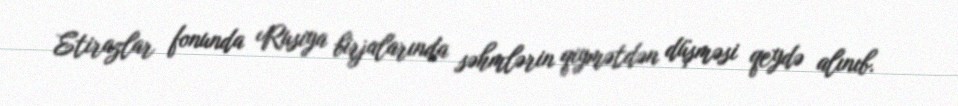
Etirazlar fonunda Rusiya birjalarında səhmlərin qiymətdən düşməsi qeydə alınıb.